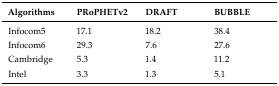
| Algorithms | PRoPHETv2 | DRAFT | BUBBLE |
 | --- | --- | --- | --- |
 | Infocom5 | 17.1 | 18.2 | 38.4 |
 | Infocom6 | 29.3 | 7.6 | 27.6 |
 | Cambridge | 5.3 | 1.4 | 11.2 |
 | Intel | 3.3 | 1.3 | 5.1 |